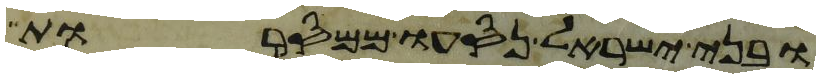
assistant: ובני ישראל נסעו ממסרות